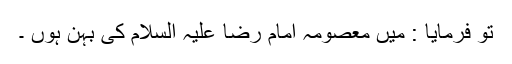
تو فرمایا : میں معصومہ امام رضا علیہ السلام کی بہن ہوں ۔